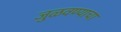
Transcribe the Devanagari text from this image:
जुळवण्याचा